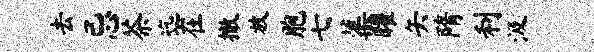
去忌茶迄在撤放胞七蕖曜矢隋利汲